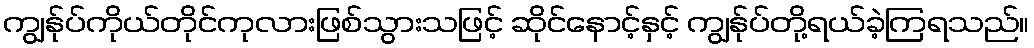
ကျွန်ုပ်ကိုယ်တိုင်ကုလားဖြစ်သွားသဖြင့် ဆိုင်နောင့်နှင့် ကျွန်ုပ်တို့ရယ်ခဲ့ကြရသည်။